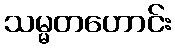
သမ္မတဟောင်း